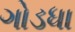
ગોડધા